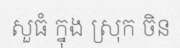
សួធំ ក្នុង ស្រុក ចិន